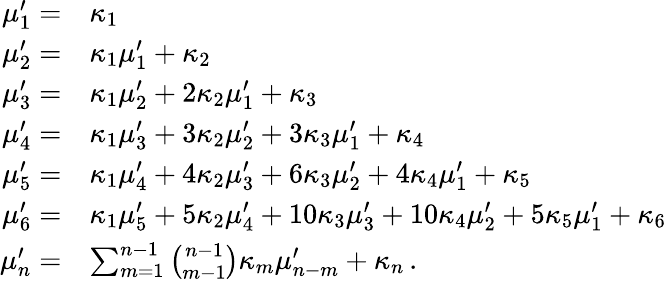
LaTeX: {\begin{array}{rl}{\mu_{1}^{\prime}=}&{\kappa_{1}}\\ {\mu_{2}^{\prime}=}&{\kappa_{1}\mu_{1}^{\prime}+\kappa_{2}}\\ {\mu_{3}^{\prime}=}&{\kappa_{1}\mu_{2}^{\prime}+2\kappa_{2}\mu_{1}^{\prime}+\kappa_{3}}\\ {\mu_{4}^{\prime}=}&{\kappa_{1}\mu_{3}^{\prime}+3\kappa_{2}\mu_{2}^{\prime}+3\kappa_{3}\mu_{1}^{\prime}+\kappa_{4}}\\ {\mu_{5}^{\prime}=}&{\kappa_{1}\mu_{4}^{\prime}+4\kappa_{2}\mu_{3}^{\prime}+6\kappa_{3}\mu_{2}^{\prime}+4\kappa_{4}\mu_{1}^{\prime}+\kappa_{5}}\\ {\mu_{6}^{\prime}=}&{\kappa_{1}\mu_{5}^{\prime}+5\kappa_{2}\mu_{4}^{\prime}+10\kappa_{3}\mu_{3}^{\prime}+10\kappa_{4}\mu_{2}^{\prime}+5\kappa_{5}\mu_{1}^{\prime}+\kappa_{6}}\\ {\mu_{n}^{\prime}=}&{\sum_{m=1}^{n-1}{\binom{n-1}{m-1}}\kappa_{m}\mu_{n-m}^{\prime}+\kappa_{n}\, .}\end{array}}